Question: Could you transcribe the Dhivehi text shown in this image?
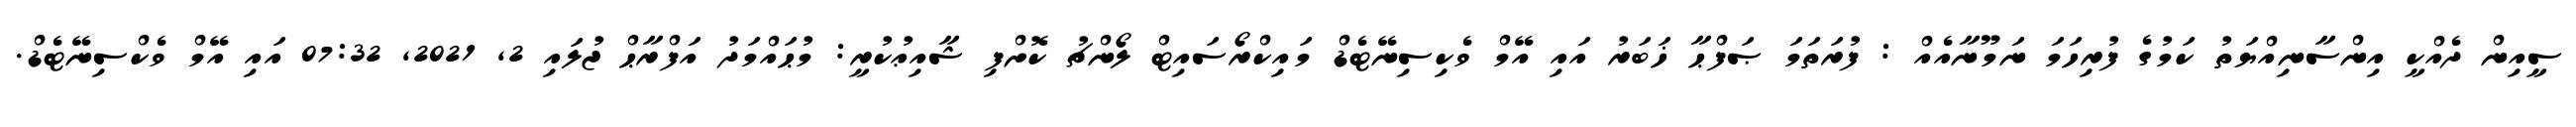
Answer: ސީއިން ދެއްކީ އިންސާނިއްޔަތު ކަމުގެ ފުރިހަމަ ނަމޫނާއެއް : ފުރަތަމަ ޞަފްޙާ ޚަބަރު އައި އޭމް ވެކިސިނޭޓެޑް މައިކްރޯސައިޓް ލޯންޗު ކޮށްފި ޝާއިޢުކުރީ: މުޙައްމަދު އަފްރާޙް ޖުލައި 2, 2021, 07:32 އައި އޭމް ވެކްސިނޭޓެޑް.